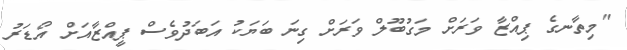
"މިތާނގެ ޕިއްޒާ ވަރަށް މަގުބޫލް ވަރަށް ގިނަ ބަޔަކު އަބަދުވެސް ޕީއްޒާއަށް އޯޑަރު